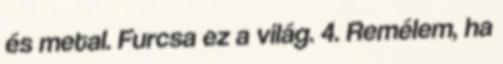
és metal. Furcsa ez a világ. 4. Remélem, ha